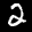
Label: 2